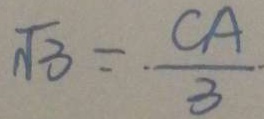
\sqrt { 3 } = \frac { C A } { 3 }